Report on horse surra - Volume I
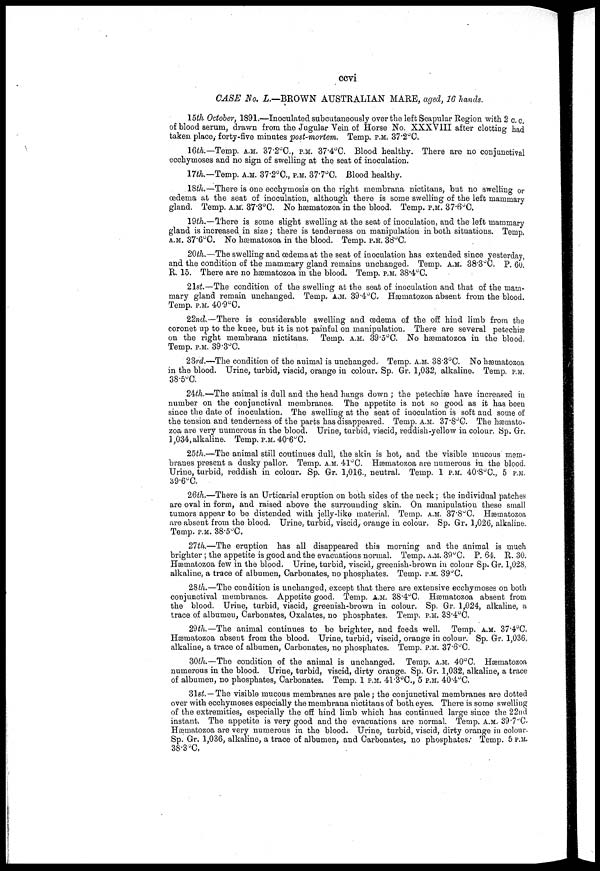
ccvi
CASE No. L.—BROWN AUSTRALIAN MARE, aged, 16 hands.
15th October, 1891.—Inoculated subcutaneously over the left Scapular Region with 2 c. c.
of blood serum, drawn from the Jugular Vein of Horse No. XXXVIII after clotting had
taken place, forty-five minutes post-mortem. Temp. P.M. 37.2°C.
16th.—Temp. A.M. 37.2°C., P.M. 37.4°C. Blood healthy. There are no conjunctival
ecchymoses and no sign of swelling at the seat of inoculation.
17th.—Temp. A.M. 37.2°C., P.M. 37.7°C. Blood healthy.
18th.—There is one ecchymosis on the right membrana nictitans, but no swelling or
œdema at the seat of inoculation, although there is some swelling of the left mammary
gland. Temp. A.M. 37.3°C. No hæmatozoa in the blood. Temp. P.M. 37.6°C.
19th.—There is some slight swelling at the seat of inoculation, and the left mammary
gland is increased in size; there is tenderness on manipulation in both situations. Temp.
A.M. 37.6°C. No hæmatozoa in the blood. Temp. P.M. 38°C.
20th.—The swelling and œdema at the seat of inoculation has extended since yesterday,
and the condition of the mammary gland remains unchanged. Temp. A.M. 38.3°C. P. 60.
R. 15. There are no hæmatozoa in the blood. Temp. P.M. 38.4°C.
21st—The condition of the swelling at the seat of inoculation and that of the mam-
mary gland remain unchanged. Temp. A.M. 39.4°C. Hæmatozoa absent from the blood.
Temp. P.M. 40.9°C.
22nd.—There is considerable swelling and œdema of the off hind limb from the
coronet up to the knee, but it is not painful on manipulation. There are several petechiæ
on the right membrana nictitans. Temp. A.M. 39.5°C. No hæmatozoa in the blood.
Temp. P.M. 39.3°C.
23rd.—The condition of the animal is unchanged. Temp. A.M. 38.3°C. No hæmatozoa
in the blood. Urine, turbid, viscid, orange in colour. Sp. Gr. 1,032, alkaline. Temp. P.M.
38.5°C.
24th.—The animal is dull and the head hangs down ; the petechiæ have increased in
number on the conjunctival membranes. The appetite is not so good as it has been
since the date of inoculation. The swelling at the seat of inoculation is soft and some of
the tension and tenderness of the parts has disappeared. Temp. A.M. 37.8°C. The hæmato-
zoa are very numerous in the blood. Urine, turbid, viscid, reddish-yellow in colour. Sp. Gr.
1,034, alkaline. Temp. P.M. 40.6°C.
25th.—The animal still continues dull, the skin is hot, and the visible mucous mem-
branes present a dusky pallor. Temp. A.M. 41°C. Hæmatozoa are numerous in the blood.
Urine, turbid, reddish in colour. Sp. Gr. 1,016., neutral. Temp. 1 P.M. 40.8°C., 5 P.M.
39.6°C.
26th.—There is an Urticarial eruption on both sides of the neck; the individual patches
are oval in form, and raised above the surrounding skin. On manipulation these small
tumors appear to be distended with jelly-like material. Temp. A.M. 37.8°C. Hæmatozoa
are absent from the blood. Urine, turbid, viscid, orange in colour. Sp. Gr. 1,026, alkaline.
Temp. P.M. 38.5°C.
27th.—The eruption has all disappeared this morning and the animal is much
brighter ; the appetite is good and the evacuations normal. Temp. A.M. 39°C. P. 64. R. 30.
Hæmatozoa few in the blood. Urine, turbid, viscid, greenish-brown in colour Sp. Gr. 1,028,
alkaline, a trace of albumen, Carbonates, no phosphates. Temp. P.M. 39°C.
28th.—The condition is unchanged, except that there are extensive ecchymoses on both
conjunctival membranes. Appetite good. Temp. A.M.38.4°C. Hæmatozoa absent from
the blood. Urine, turbid, viscid, greenish-brown in colour. Sp. Gr. 1,024, alkaline, a
trace of albumen, Carbonates, Oxalates, no phosphates. Temp. P.M. 38.4°C.
29th.— The animal continues to be brighter, and feeds well. Temp. A.M. 37.4°C.
Hæmatozoa absent from the blood. Urine, turbid, viscid, orange in colour. Sp. Gr. 1,036,
alkaline, a trace of albumen, Carbonates, no phosphates. Temp. P.M. 37.6°C.
30th.—The condition of the animal is unchanged. Temp. A.M. 40°C. Hærnatozoa
numerous in the blood. Urine, turbid, viscid, dirty orange. Sp. Gr. 1,032, alkaline, a trace
of albumen, no phosphates, Carbonates. Temp. 1 P.M. 41.3°C., 5 P.M. 40.4°C.
31st. — The visible mucous membranes are pale; the conjunctival membranes are dotted
over with ecchymoses especially the membrana nictitans of both eyes. There is some swelling
of the extremities, especially the off hind limb which has continued large since the 22nd
instant. The appetite is very good and the evacuations are normal. Temp. A.M. 39.7°C.
Hæmatozoa are very numerous in the blood. Urine, turbid, viscid, dirty orange in colour.
Sp. Gr. 1,036, alkaline, a trace of albumen, and Carbonates, no phosphates. Temp. 5 P.M.
38.3°C.